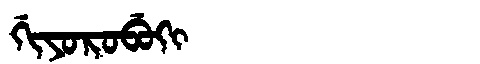
Manchu: ᡤᡳᠶᠣᡵᠣᠪᡠᡴᡳ
Romanization: GIYOROBUKI